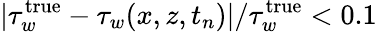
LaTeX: |\tau_{w}^{\textrm{true}}-\tau_{w}(x,z,t_{n})|/\tau_{w}^{\textrm{true}}<0.1